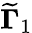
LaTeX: {\widetilde{\mathbf{\Gamma}}}_{1}